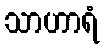
သာဟာရံ